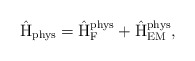
\begin{align*}\hat{\rm H}_{\rm phys} = \hat{\rm H}_{\rm F}^{\rm phys} +\hat{\rm H}_{\rm EM}^{\rm phys},\end{align*}